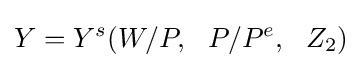
Y=Y^{s}(W/P,\ \ P/P^{e},\ \ Z_{2})